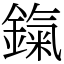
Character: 鎎